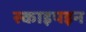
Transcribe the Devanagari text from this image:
स्काइपइन